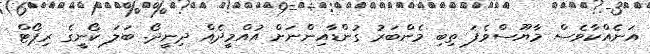
އަނެއްކާވެސް މާޔޫސްވެފަ ތިބި މެންބަރު ގުންޑާއިންނަށް އުއްމީދެއް ދިނީދޯ. ބަލަ ކޯނީގެ ރިޕޯޓް